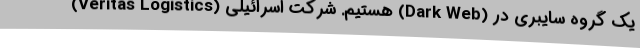
یک گروه سایبری در (Dark Web) هستیم. شرکت اسرائیلی (Veritas Logistics)